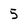
Character: 5